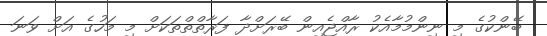
ބޭންކުގެ މި ނިންމުމާއެކު ރާއްޖެއިން ބޭރަށްދާ ފަރާތްތްތަކަށް މި މަހުގެ އަށް ވަނަ